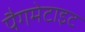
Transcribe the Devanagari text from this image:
पैगमेटाइट